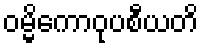
ဝမ္မိကောဝုပစီယတိ